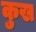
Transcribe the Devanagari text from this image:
कुख